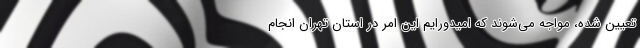
تعیین شده، مواجه می‌شوند که امیدورایم این امر در استان تهران انجام